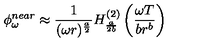
\phi _ { \omega } ^ { n e a r } \approx \frac { 1 } { ( \omega r ) ^ { \frac { a } { 2 } } } H _ { \frac { a } { 2 b } } ^ { ( 2 ) } \left( \frac { \omega T } { b r ^ { b } } \right)